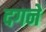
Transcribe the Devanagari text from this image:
दगने